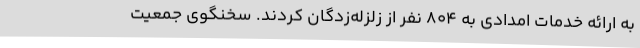
به ارائه خدمات امدادی به ۸۰۴ نفر از زلزله‌زدگان کردند. سخنگوی جمعیت